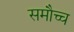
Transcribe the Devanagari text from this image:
समौच्च